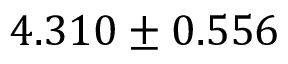
4 . 3 1 0 \pm 0 . 5 5 6